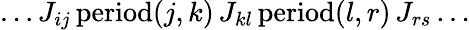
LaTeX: \dots J_{ij}\, \mathrm{period}(j,k)\, J_{kl}\, \mathrm{period}(l,r)\, J_{rs}\dots